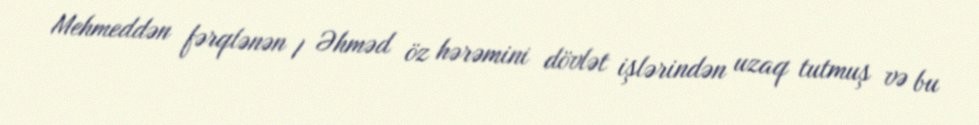
Mehmeddən fərqlənən I Əhməd öz hərəmini dövlət işlərindən uzaq tutmuş və bu